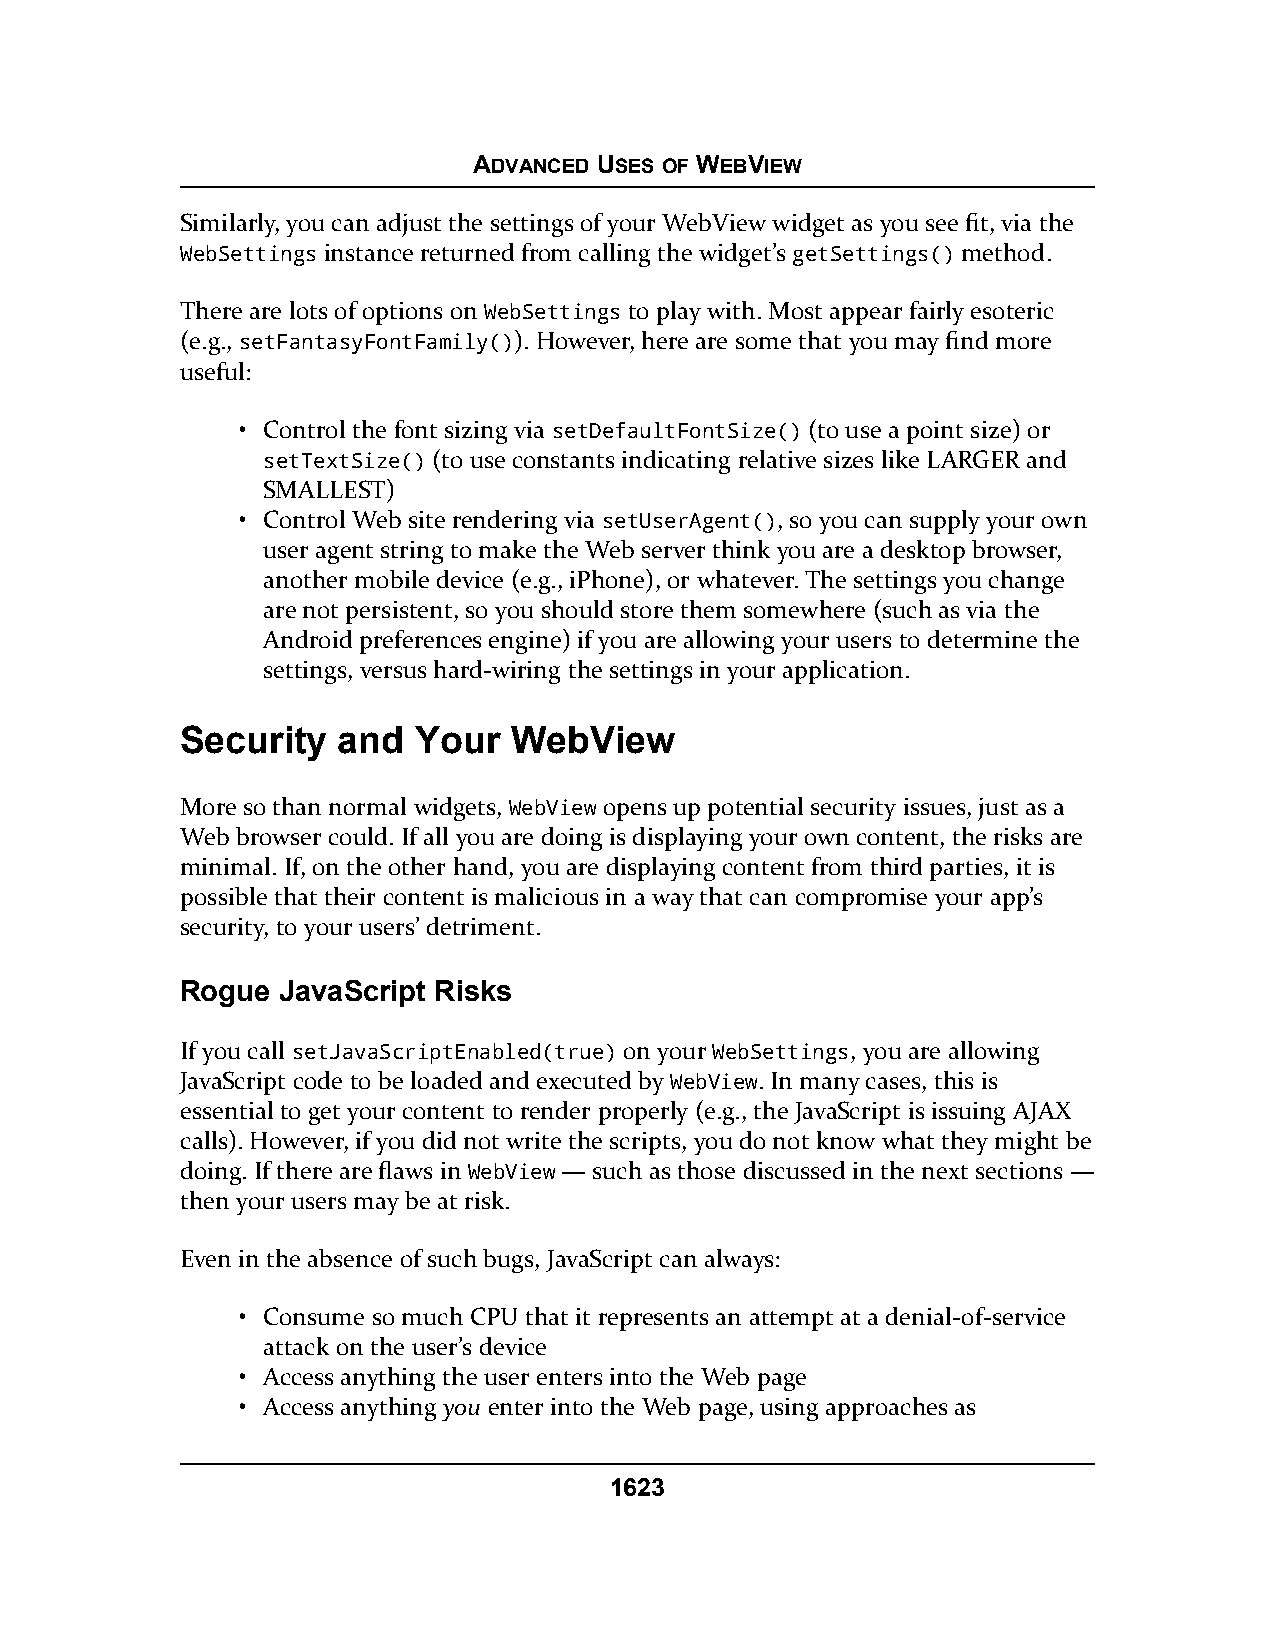
ADVANCED USES OF WEBVIEW
 Similarly, you can adjust the settings of your WebView widget as you see fit, via the
 WebSettings instance returned from calling the widget’s getSettings() method.
 There are lots of options on WebSettings to play with. Most appear fairly esoteric
 (e.g., setFantasyFontFamily()). However, here are some that you may find more
 useful:
 • Control the font sizing via setDefaultFontSize() (to use a point size) or
 setTextSize() (to use constants indicating relative sizes like LARGER and
 SMALLEST)
 • Control Web site rendering via setUserAgent(), so you can supply your own
 user agent string to make the Web server think you are a desktop browser,
 another mobile device (e.g., iPhone), or whatever. The settings you change
 are not persistent, so you should store them somewhere (such as via the
 Android preferences engine) if you are allowing your users to determine the
 settings, versus hard-wiring the settings in your application.
 Security  and   Your  WebView
 More so than normal widgets, WebView opens up potential security issues, just as a
 Web browser could. If all you are doing is displaying your own content, the risks are
 minimal. If, on the other hand, you are displaying content from third parties, it is
 possible that their content is malicious in a way that can compromise your app’s
 security, to your users’ detriment.
 Rogue JavaScript Risks
 If you call setJavaScriptEnabled(true) on your WebSettings, you are allowing
 JavaScript code to be loaded and executed by WebView. In many cases, this is
 essential to get your content to render properly (e.g., the JavaScript is issuing AJAX
 calls). However, if you did not write the scripts, you do not know what they might be
 doing. If there are flaws in WebView — such as those discussed in the next sections —
 then your users may be at risk.
 Even in the absence of such bugs, JavaScript can always:
 • Consume so much CPU that it represents an attempt at a denial-of-service
 attack on the user’s device
 • Access anything the user enters into the Web page
 • Access anything you enter into the Web page, using approaches as
 1623